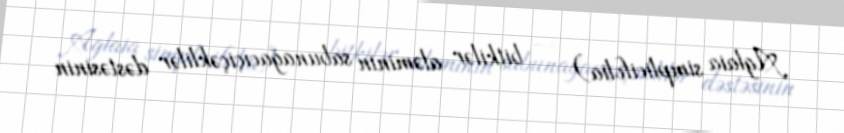
Aglaia simplicifolia) — bitkilər aləminin sabunağacıçiçəklilər dəstəsinin